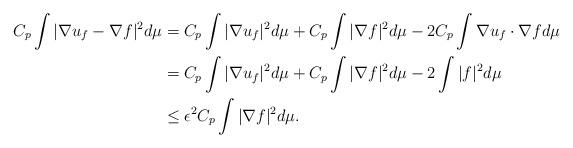
LaTeX: \begin{align*}C_p \int |\nabla u_f - \nabla f|^2d\mu &=C_p \int |\nabla u_f |^2d\mu +C_p \int | \nabla f|^2d\mu - 2 C_p \int \nabla u_f \cdot \nabla f d\mu \\&=C_p \int |\nabla u_f |^2d\mu +C_p \int | \nabla f|^2d\mu - 2 \int | f|^2 d\mu \\&\leq \epsilon^2 C_p \int | \nabla f|^2d\mu.\end{align*}